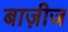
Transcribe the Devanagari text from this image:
बाज़ीज